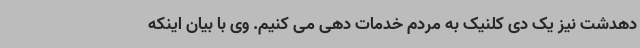
دهدشت نیز یک دی کلنیک به مردم خدمات دهی می کنیم. وی با بیان اینکه